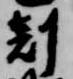
剋